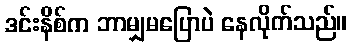
ဒင်းနိစ်က ဘာမျှမပြောပဲ နေလိုက်သည်။